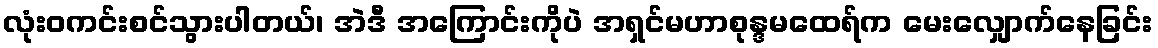
လုံးဝကင်းစင်သွားပါတယ်၊ အဲဒီ အကြောင်းကိုပဲ အရှင်မဟာစုန္ဒမထေရ်က မေးလျှောက်နေခြင်း